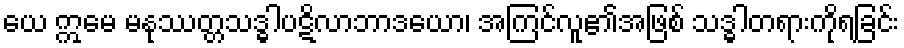
ယေ ဣမေ မနုဿတ္တသဒ္ဓါပဋိလာဘာဒယော၊ အကြင်လူ၏အဖြစ် သဒ္ဓါတရားကိုရခြင်း